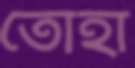
তোহা